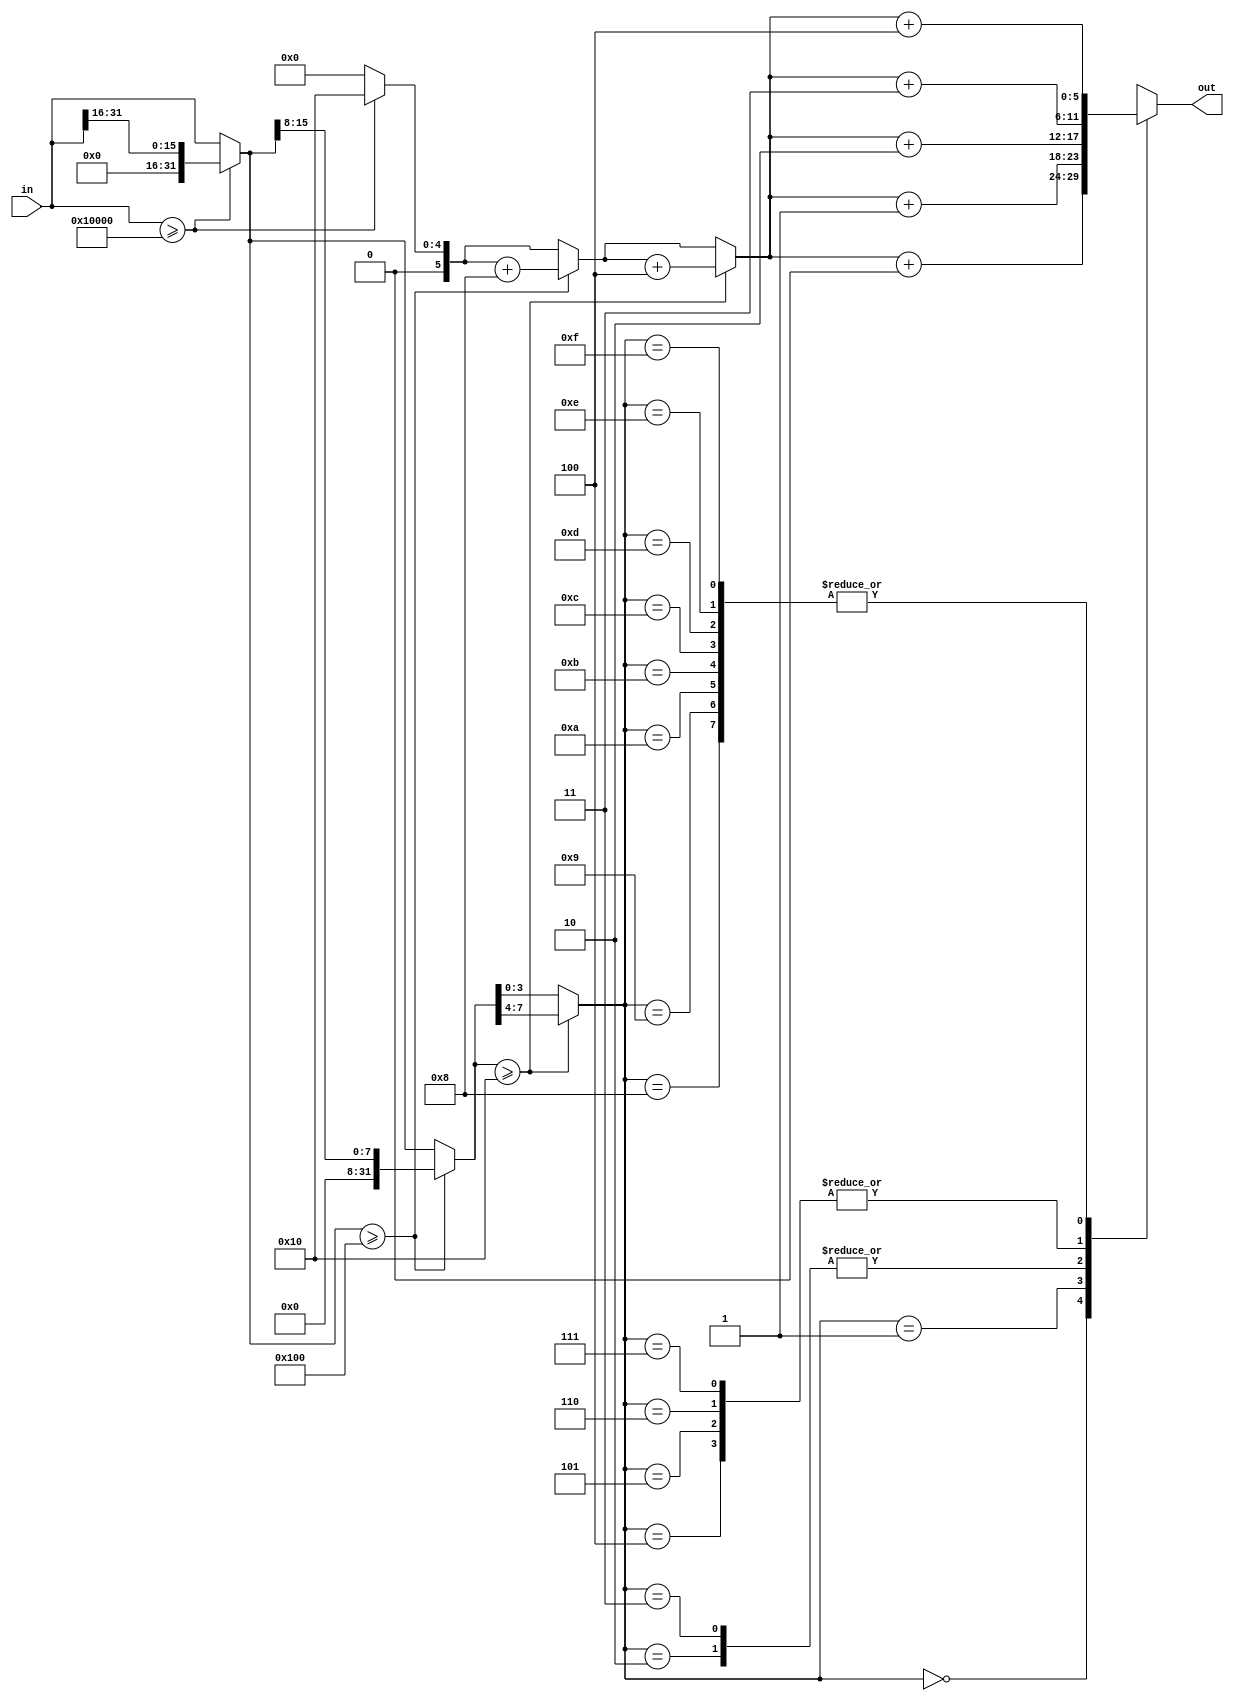
module exe_log2_plus_one
(
    input [31:0] in,
    output [5:0] out
);
    reg [5:0] a;
    reg [31:0] b;
    always @* begin
        b = in;
        a = 0;
        if(b>=65536)begin a = a+16; b = {16'b0,b[31:16]};end
        if(b>=256)  begin a = a+ 8; b = {24'b0,b[15:8]}; end
        if(b>=16)   begin a = a+ 4; b = {28'b0,b[7:4]};  end
        case(b[3:0])
            4'h0: a = a+0;
            4'h1: a = a+1;
            4'h2: a = a+2;
            4'h3: a = a+2;
            4'h4: a = a+3;
            4'h5: a = a+3;
            4'h6: a = a+3;
            4'h7: a = a+3;
            4'h8: a = a+4;
            4'h9: a = a+4;
            4'ha: a = a+4;
            4'hb: a = a+4;
            4'hc: a = a+4;
            4'hd: a = a+4;
            4'he: a = a+4;
            4'hf: a = a+4;
        endcase
    end
    assign out = a;
endmodule